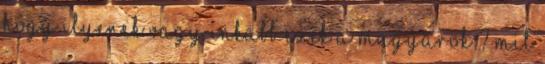
hogy ilyenek vagy inkább ezek a magyarok ? Mit